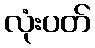
လုံးပတ်